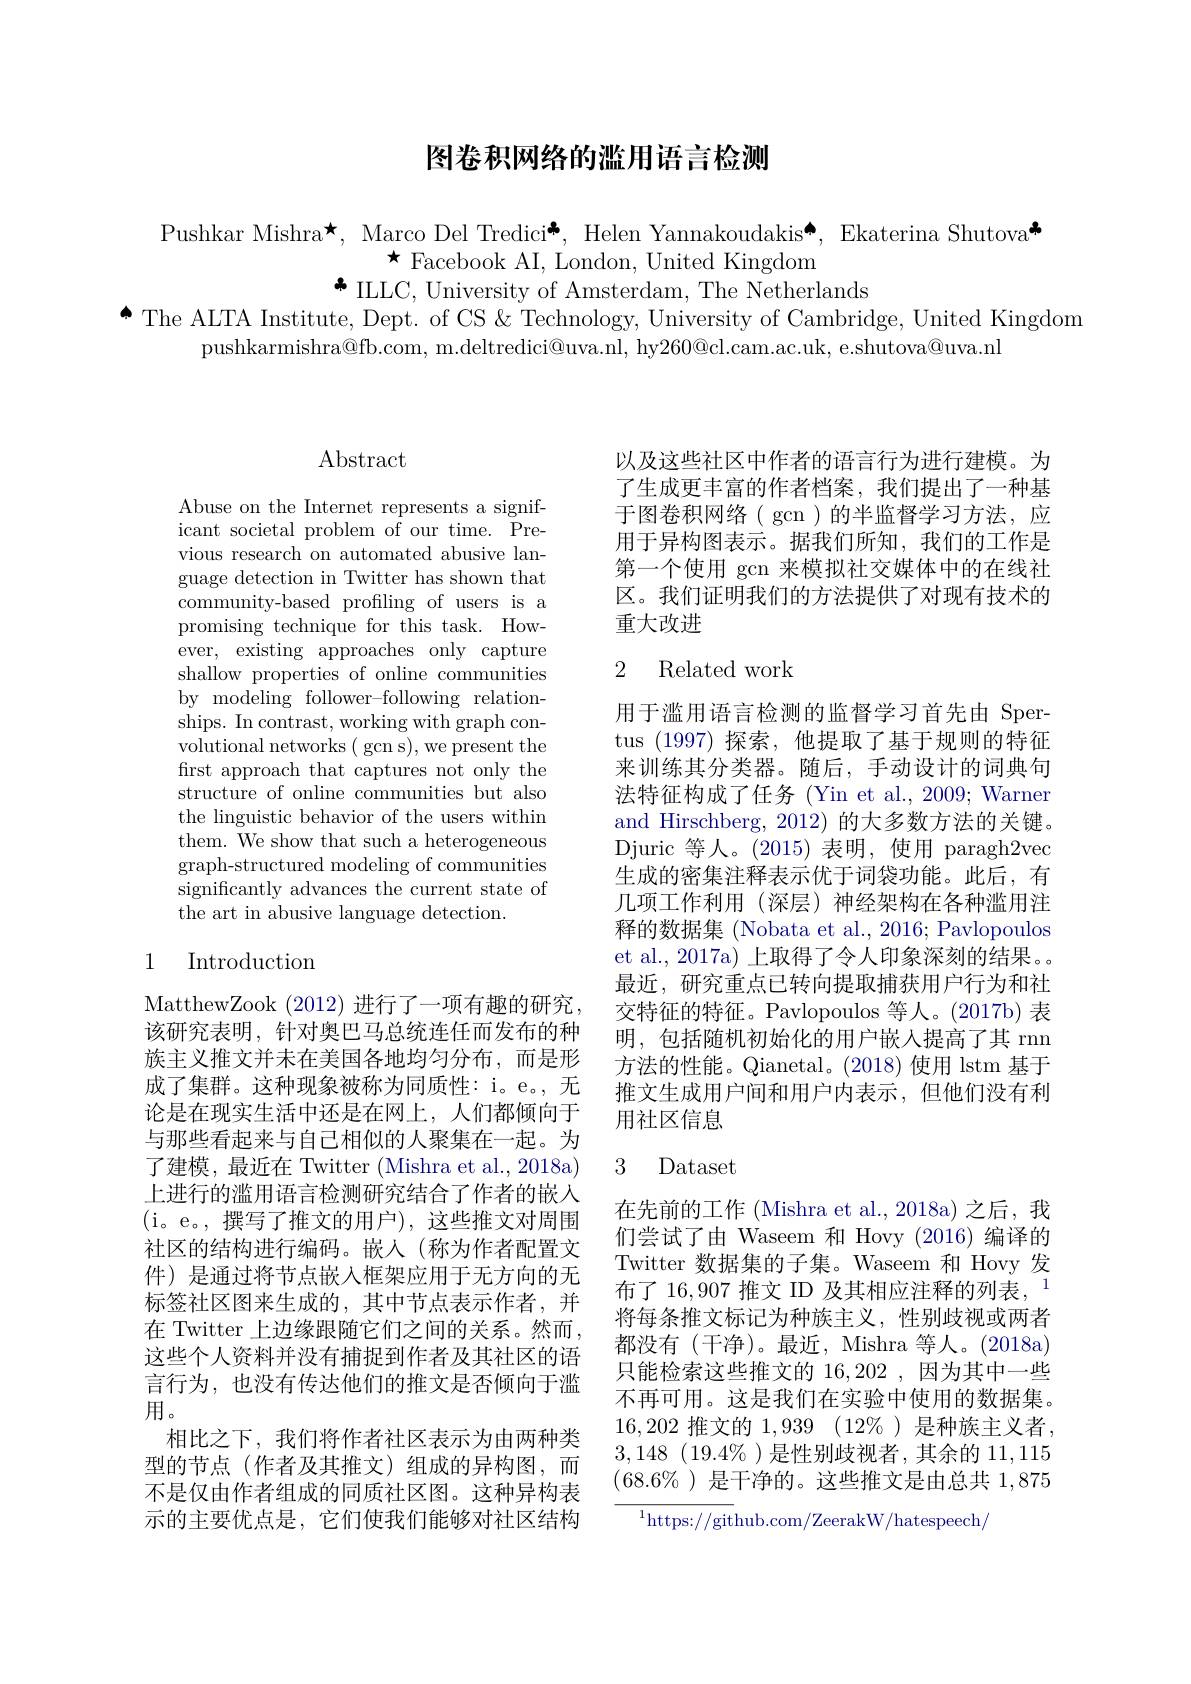
## 图卷积网络的滥用语言检测

Pushkar Mishra$\star$, Marco Del Tredici$^*$, Helen Yannakoudakis$^*$, Ekaterina Shutova$^*$
$\star$Facebook AI, London, United Kingdom
$\clubsuit$ILLC, University of Amsterdam, The Netherlands

$^{\bullet}$ The ALTA Institute, Dept. of CS & Technology, University of Cambridge, United Kingdom
pushkarmishra@fb.com, m.deltredici@uva.nl, hy$260@$cl.cam.ac.uk, e.shutova@uva.nl

## $\operatorname{Abstract}$

Abuse on the Internet represents a significant societal problem of our time. Previous research on automated abusive language detection in Twitter has shown that community-based profiling of users is a promising technique for this task. However, existing approaches only capture shallow properties of online communities by modeling follower-following relationships. In contrast, working with graph convolutional networks ( gcn s), we present the first approach that captures not only the structure of online communities but also the linguistic behavior of the users within them. We show that such a heterogeneous graph-structured modeling of communities significantly advances the current state of the art in abusive language detection.

# 1 Introduction

MatthewZook ( 2012) 进 行 了 一 项 有 趣 的 研 究 , 该研究表明，针对奥巴马总统连任而发布的种族主义推文并未在美国各地均匀分布，而是形成了集群。这种现象被称为同质性：i。e。, 无论是在现实生活中还是在网上，人们都倾向于与那些看起来与自己相似的人聚集在一起。为了建模，最近在 Twitter (Mishra et al., 2018a) 上进行的滥用语言检测研究结合了作者的嵌入(i。e。,撰写了推文的用户),这些推文对周围社区的结构进行编码。嵌入(称为作者配置文件)是通过将节点嵌入框架应用于无方向的无标签社区图来生成的，其中节点表示作者，并在 Twitter 上边缘跟随它们之间的关系。然而， 这些个人资料并没有捕捉到作者及其社区的语言行为，也没有传达他们的推文是否倾向于滥用。
相比之下，我们将作者社区表示为由两种类型的节点(作者及其推文)组成的异构图，而不是仅由作者组成的同质社区图。这种异构表示的主要优点是，它们使我们能够对社区结构

以及这些社区中作者的语言行为进行建模。为了生成更丰富的作者档案，我们提出了一种基于图卷积网络( gcn )的半监督学习方法，应用于异构图表示。据我们所知，我们的工作是第一个使用 gcn 来模拟社交媒体中的在线社区。我们证明我们的方法提供了对现有技术的重大改进

# 2 Related work

用于滥用语言检测的监督学习首先由 Spertus (1997)探索，他提取了基于规则的特征来训练其分类器。随后，手动设计的词典句法特征构成了任务 (Yin et al., 2009; Warner and Hirschberg, 2012) 的大多数方法的关键。Djuric 等人。(2015)表明，使用 paragh2vec 生成的密集注释表示优于词袋功能。此后，有几项工作利用(深层)神经架构在各种滥用注释的数据集 (Nobata et al., 2016; Pavlopoulos et al., 2017a) 上取得了令人印象深刻的结果。最近，研究重点已转向提取捕获用户行为和社交特征的特征。Pavlopoulos 等人。(2017b) 表明，包括随机初始化的用户嵌入提高了其 rnn 方法的性能。Qianetal。(2018)使用 lstm 基于推文生成用户间和用户内表示，但他们没有利用社区信息

## 3 Dataset

在先前的工作 (Mishra et al., 2018a) 之后，我们尝试了由 Waseem 和 Hovy (2016) 编译的Twitter 数据集的子集。Waseem 和 Hovy 发布了 16,907 推文 ID 及其相应注释的列表，1将每条推文标记为种族主义，性别歧视或两者都没有(干净)。最近，Mishra 等人。(2018a) 只能检索这些推文的 16,202 ,因为其中一些不再可用。这是我们在实验中使用的数据集。16,202推文的1，939 $( 12\%$ )是种族主义者， 3,148 $( 19. 4\% )$是性别歧视者，其余的 11,115 $(68.6\%)$是干净的。这些推文是由总共1，875

$^{1}$https://github.com/ZeerakW/hatespeech/